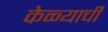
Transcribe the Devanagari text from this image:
केळ्याची